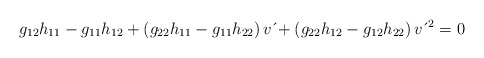
\begin{align*}g_{12}h_{11}-g_{11}h_{12}+\left( g_{22}h_{11}-g_{11}h_{22}\right) v\,\acute{}+\left( g_{22}h_{12}-g_{12}h_{22}\right) v\,\acute{}\,^{2}=0 \end{align*}